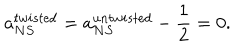
LaTeX: a _ { N S } ^ { t w i s t e d } = a _ { N S } ^ { u n t w i s t e d } - \frac { 1 } { 2 } = 0 .